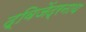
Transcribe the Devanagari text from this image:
द्विजेंद्रनाथ